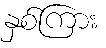
နှစ်ကြား